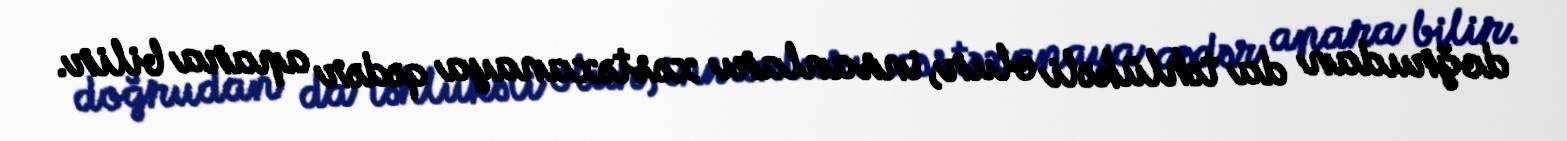
doğrudan da təhlükəli olur, insanları xəstəxanaya qədər apara bilir.